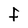
Character: F